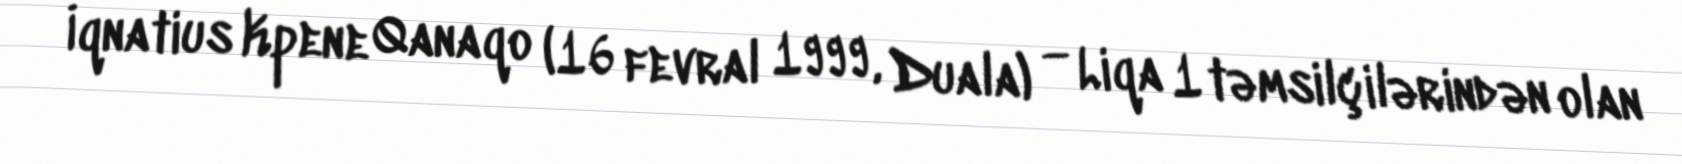
İqnatius Kpene Qanaqo (16 fevral 1999, Duala) — Liqa 1 təmsilçilərindən olan